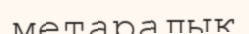
метаралық